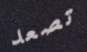
تصعد